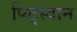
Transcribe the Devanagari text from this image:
पिट्स्वान